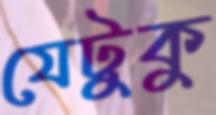
যেটুকু